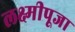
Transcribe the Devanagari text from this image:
लक्ष्मीपूजा